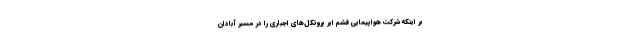
بر اینکه شرکت هواپیمایی قشم ایر پروتکل‌های اجباری را در مسیر آبادان